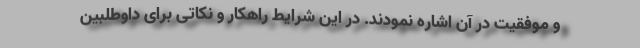
و موفقیت در آن اشاره نمودند. در این شرایط راهکار و نکاتی برای داوطلبین